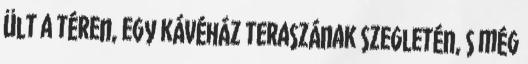
ült a téren, egy kávéház teraszának szegletén, s még